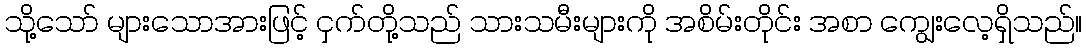
သို့သော် များသောအားဖြင့် ငှက်တို့သည် သားသမီးများကို အစိမ်းတိုင်း အစာ ကျွေးလေ့ရှိသည်။